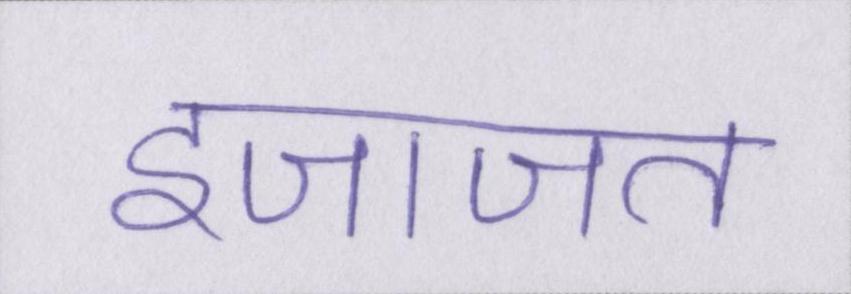
इजाजत